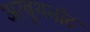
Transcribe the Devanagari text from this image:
अरबुथनोट